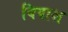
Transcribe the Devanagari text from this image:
बिपाश